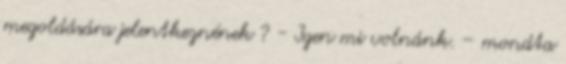
megoldására jelentkeznének ? - Igen mi volnánk. – mondta